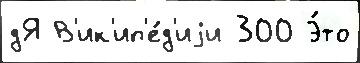
дЯ В'ик'ип'е́д'иjи 300 Э́то